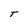
Character: T